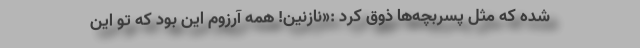
شده که مثل پسربچه‌ها ذوق کرد :«نازنین! همه آرزوم این بود که تو این